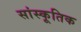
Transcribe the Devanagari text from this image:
सांस्कूतिक